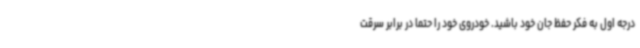
درجه اول به فکر حفظ جان خود باشید. خودروی خود را حتماً در برابر سرقت